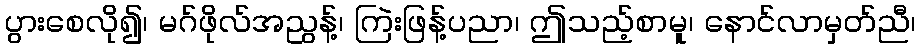
ပွားစေလို၍၊ မဂ်ဖိုလ်အညွန့်၊ ကြဲးဖြန့်ပညာ၊ ဤသည့်စာမူ၊ နောင်လာမှတ်ညီ၊